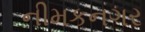
નીમકનગર